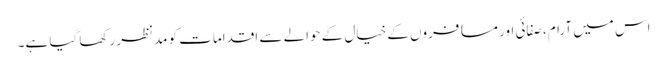
اس میں آرام، صفائی اور مسافروں کے خیال کے حوالے سے اقدامات کو مدنظر رکھا گیا ہے۔